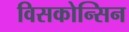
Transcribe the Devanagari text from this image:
विसकोन्सिन